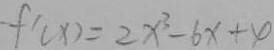
f ^ { \prime } ( x ) = 2 x ^ { 3 } - 6 x + 4